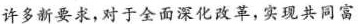
许多新要求，对于全面深化改革，实现共同富